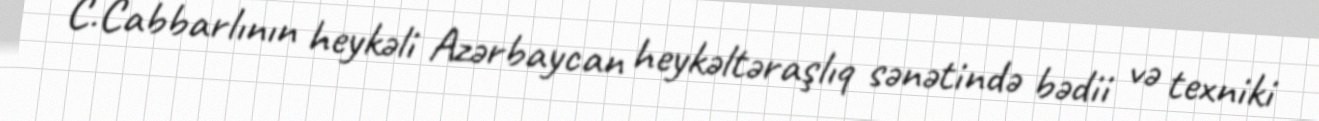
C.Cabbarlının heykəli Azərbaycan heykəltəraşlıq sənətində bədii və texniki